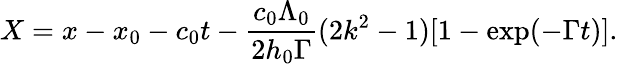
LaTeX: X=x-x_{0}-c_{0}t-\frac{c_{0}\Lambda_{0}}{2h_{0}\Gamma}(2k^{2}-1)[1-\exp(-\Gamma t)].